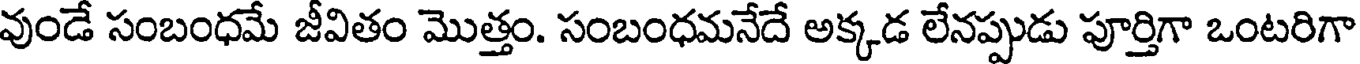
వుండే సంబంధమే జీవితం మొత్తం. సంబంధమనేదే అక్కడ లేనప్పుడు పూర్తిగా ఒంటరిగా